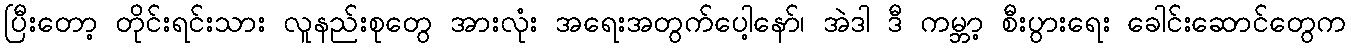
ပြီးတော့ တိုင်းရင်းသား လူနည်းစုတွေ အားလုံး အရေးအတွက်ပေါ့နော်၊ အဲဒါ ဒီ ကမ္ဘာ့ စီးပွားရေး ခေါင်းဆောင်တွေက